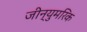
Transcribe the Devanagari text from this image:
जीन्युमरिक